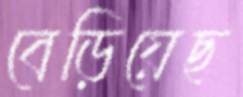
বেড়িয়েছ